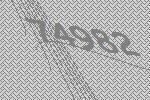
74982